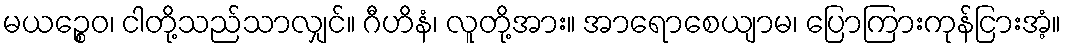
မယဉ္စေဝ၊ ငါတို့သည်သာလျှင်။ ဂီဟိနံ၊ လူတို့အား။ အာရောစေယျာမ၊ ပြောကြားကုန်ငြားအံ့။